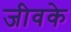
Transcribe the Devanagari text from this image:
जीवके